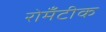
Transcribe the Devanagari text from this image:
रोमँटीक